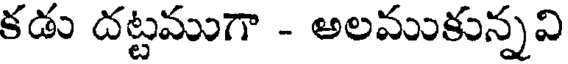
కడు దట్టముగా - అలముకున్నవి